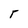
Character: T